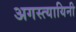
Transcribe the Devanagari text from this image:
अगस्त्यायिनी